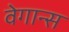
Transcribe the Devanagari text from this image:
वेगान्स